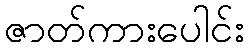
ဇာတ်ကားပေါင်း